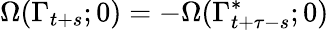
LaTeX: \Omega(\Gamma_{t+s};0)=-\Omega(\Gamma_{t+\tau-s}^{*};0)